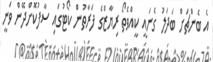
އެ ބެންޗަށް ބަދަލު ގެނައީ ކީއްވެތޯ ރިޔާޒްގެ ފަރާތުން ކޯޓުގައި ސާފުކޮށްދޭން ވަނީ